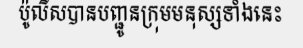
ប៉ូលីសបានបញ្ជូនក្រុមមនុស្សទាំងនេះ